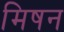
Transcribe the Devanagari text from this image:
मिषन